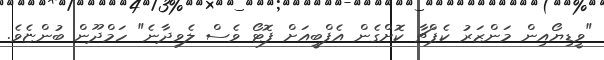
"ވީޑިޔޯއިން މަންޒަރު ކެޕްޗާ ކޮށްގެން އެފްބީއަށް ފޮޓޯ ވެސް ލެވިދާނެ" ހަމްދޫން ބުންޏެވެ.